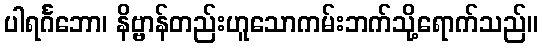
ပါရင်္ဂဘော၊ နိဗ္ဗာန်တည်းဟူသောကမ်းဘက်သို့ရောက်သည်။